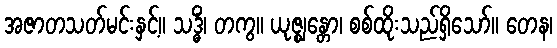
အဇာတသတ်မင်းနှင့်။ သဒ္ဓိံ၊ တကွ။ ယုဇ္ဈန္တော၊ စစ်ထိုးသည်ရှိသော်။ တေန၊